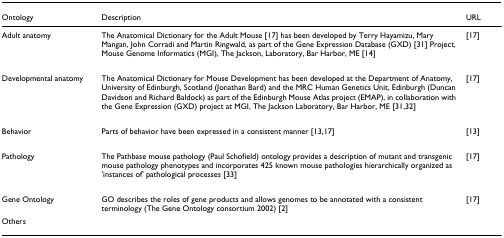
<table><thead><tr><td><b>Ontology</b></td><td><b>Description</b></td><td><b>URL</b></td></tr></thead><tbody><tr><td>Adult anatomy</td><td>The Anatomical Dictionary for the Adult Mouse [17] has been developed by Terry Hayamizu, Mary Mangan, John Corradi and Martin Ringwald, as part of the Gene Expression Database (GXD) [31] Project, Mouse Genome Informatics (MGI), The Jackson, Laboratory, Bar Harbor, ME [14]</td><td>[17]</td></tr><tr><td>Developmental anatomy</td><td>The Anatomical Dictionary for Mouse Development has been developed at the Department of Anatomy, University of Edinburgh, Scotland (Jonathan Bard) and the MRC Human Genetics Unit, Edinburgh (Duncan Davidson and Richard Baldock) as part of the Edinburgh Mouse Atlas project (EMAP), in collaboration with the Gene Expression (GXD) project at MGI, The Jackson Laboratory, Bar Harbor, ME [31,32]</td><td>[17]</td></tr><tr><td>Behavior</td><td>Parts of behavior have been expressed in a consistent manner [13,17]</td><td>[13]</td></tr><tr><td>Pathology</td><td>The Pathbase mouse pathology (Paul Schofield) ontology provides a description of mutant and transgenic mouse pathology phenotypes and incorporates 425 known mouse pathologies hierarchically organized as &#x27;instances of&#x27; pathological processes [33]</td><td>[17]</td></tr><tr><td>Gene Ontology</td><td>GO describes the roles of gene products and allows genomes to be annotated with a consistent terminology (The Gene Ontology consortium 2002) [2]</td><td>[17]</td></tr><tr><td>Others</td><td></td><td></td></tr></tbody></table>